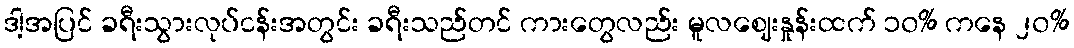
ဒါ့အပြင် ခရီးသွားလုပ်ငန်းအတွင်း ခရီးသည်တင် ကားတွေလည်း မူလဈေးနှုန်းထက် ၁၀% ကနေ ၂၀%